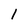
Character: l